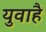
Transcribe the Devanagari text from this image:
युवाहै